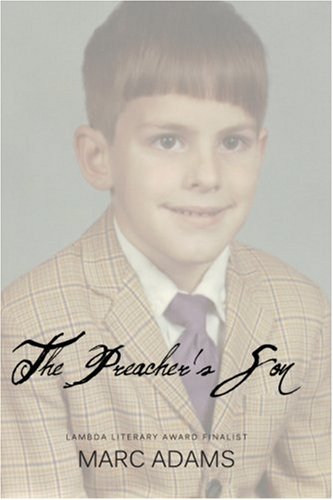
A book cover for The Preacher's Son; Marc Adams; Teen & Young Adult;